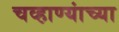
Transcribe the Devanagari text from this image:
चव्हाण्यांच्या